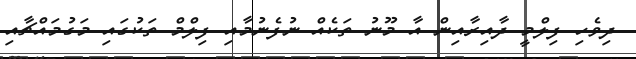
ދިވެހި ފިލްމީ ދާއިރާއިން އާ މޫނު ތަކެއް ނުފެނުމާއި ފިލްމް ތަކުގައި މަގުމައްޗާއި